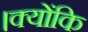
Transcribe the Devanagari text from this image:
।क्योंकि